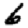
Digit: 6